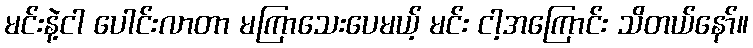
မင်းနဲ့ငါ ပေါင်းလာတာ မကြာသေးပေမယ့် မင်း ငါ့အကြောင်း သိတယ်နော်။